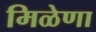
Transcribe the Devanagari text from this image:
मिळेणा